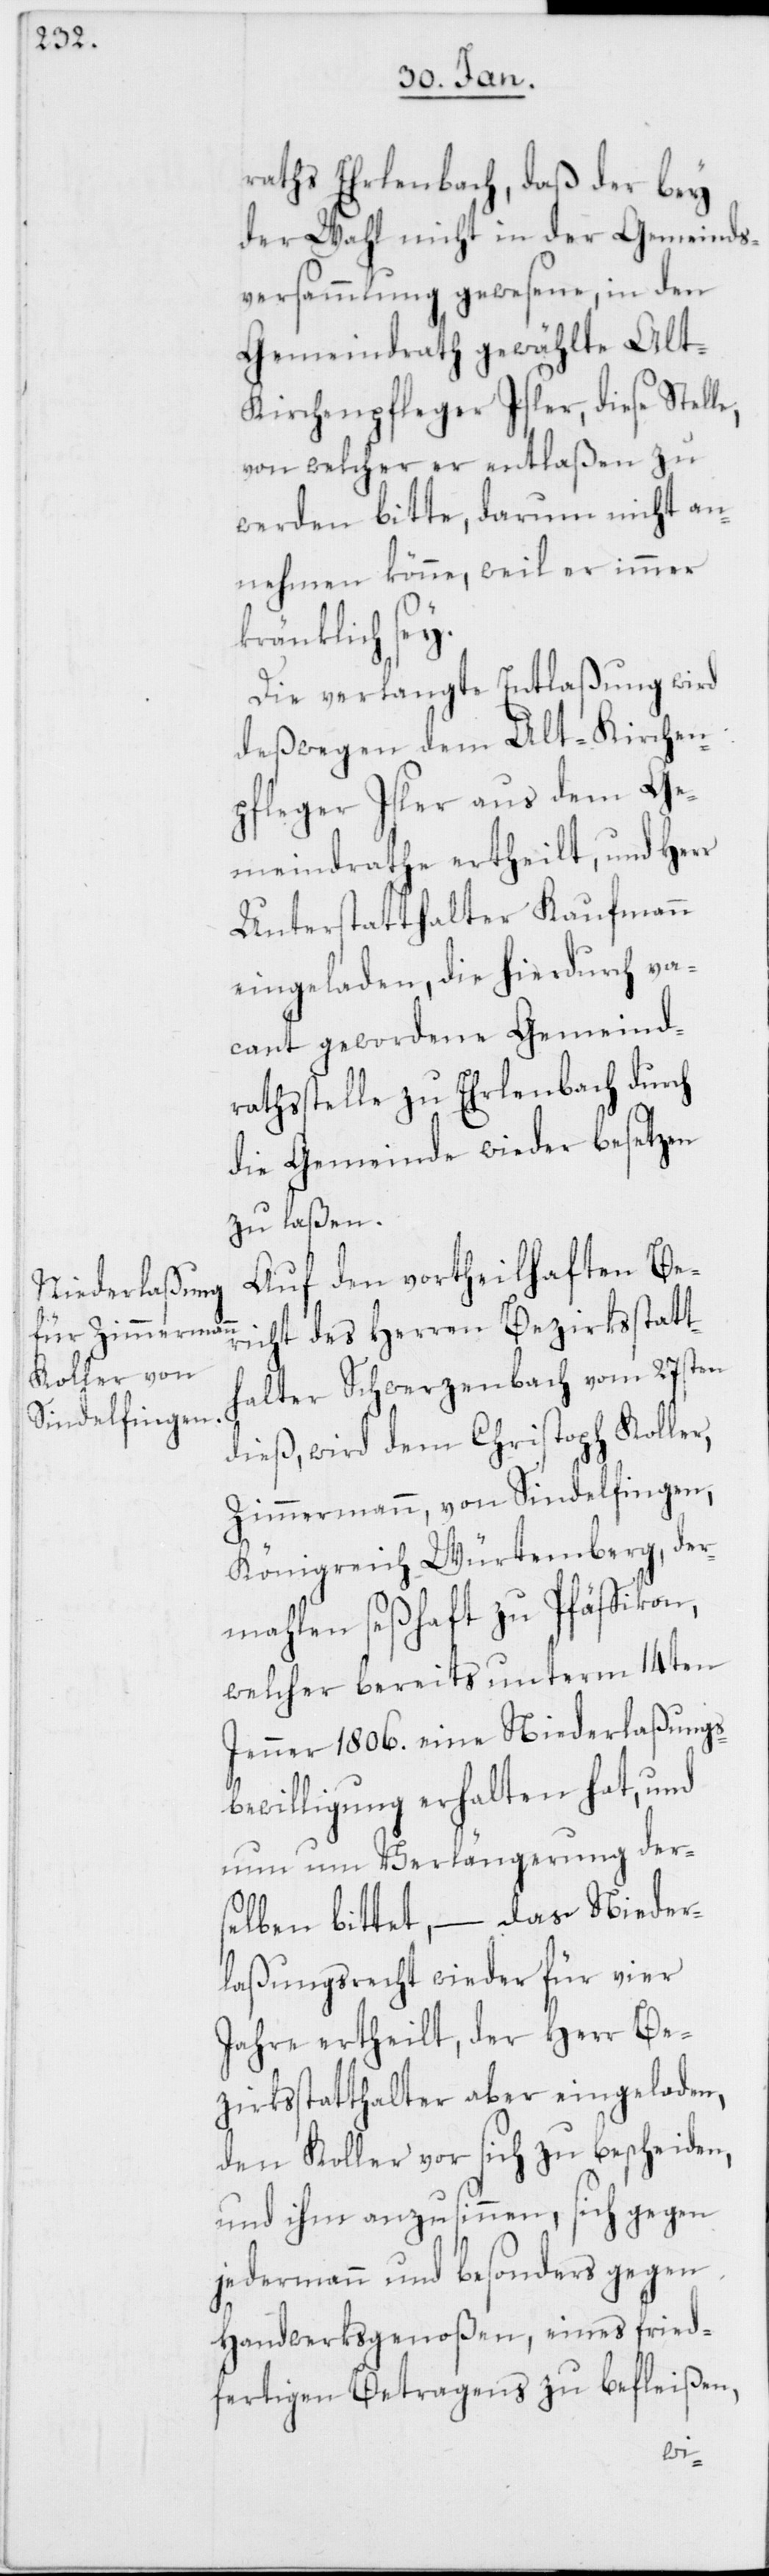
Niederlaßun¬

raths Erlenbach, daß der bey
der Wahl nicht in der Gemeinds¬
versammlung gewesene, in den
Gemeindrath gewählte Alt-K¬
irchenpfleger Isler, diese Stell¬
von welcher er entlaßen zu
werden bitte, darum nicht an¬
nehmen könne, weil er immer
kränklich sey.
Die verlangte Entlaßung wird
deßwegen dem Alt-Kirchen¬
pfleger Isler aus dem Ge¬
meindrathe ertheilt, und Herr
Unterstatthalter Kaufmann
eingeladen, die hierdurch va¬
cant gewordene Gemeind¬
rathsstelle zu Erlenbach durch
die Gemeinde wieder besetzen
zu laßen.
Auf den vortheilhaften Be¬
richt des Herren Bezirksstatt¬
halter Schwerzenbach vom 27sten
dieß, wird dem Christoph Koller,
Zimmermann, von Sindelfingen,
Königreich Würtemberg, der¬
mahlen seßhaft zu Pfäffikon,
welcher bereits unterm 14ten
bewilligung erhalten hat, und
nun um Verlängerung der¬
selben bittet, – das Nieder¬
laßungsrecht wieder für vier
Jahre ertheilt, der Herr Be¬
zirksstatthalter aber eingeladen,
den Koller vor sich zu bescheiden,
und ihm anzusinnen, sich gegen
jedermann und besonders gegen
Handwerksgenoßen, eines fried¬
fertigen Betragens zu befleißen,
gs¬